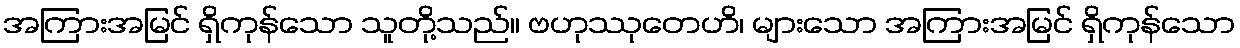
အကြားအမြင် ရှိကုန်သော သူတို့သည်။ ဗဟုဿုတေဟိ၊ များသော အကြားအမြင် ရှိကုန်သော